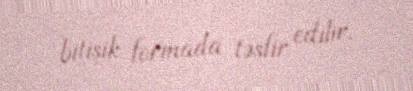
bitişik formada təsfir edilir.